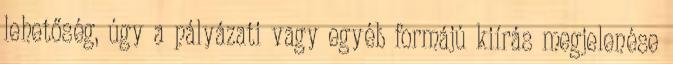
lehetőség, úgy a pályázati vagy egyéb formájú kiírás megjelenése